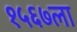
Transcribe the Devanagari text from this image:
१५६७ला